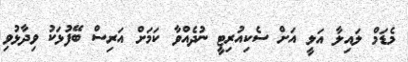
މެޑަމް ލައިލާ އަލީ އަށް ސެކިއުރިޓީ ނުދެއްވާ ކަމަށް އަރިސް ބޭފުޅަކު ވިދާޅުވި